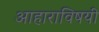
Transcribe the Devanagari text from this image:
आहाराविषयी